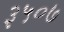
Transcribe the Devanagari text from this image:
३५०७